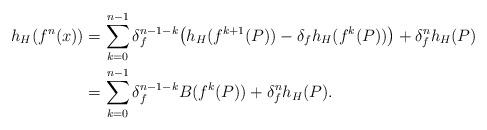
LaTeX: \begin{align*}h_{H}(f^{n}(x))&=\sum_{k=0}^{n-1}\delta_{f}^{n-1-k}\bigl(h_{H}(f^{k+1}(P))-\delta_{f}h_{H}(f^{k}(P))\bigr)+\delta_{f}^{n}h_{H}(P)\\&=\sum_{k=0}^{n-1}\delta_{f}^{n-1-k}B(f^{k}(P))+\delta_{f}^{n}h_{H}(P).\end{align*}